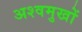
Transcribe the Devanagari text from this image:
अश्वमुखों